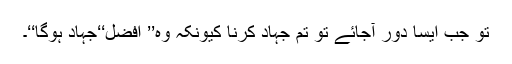
تو جب ایسا دور آجائے تو تم جہاد کرنا کیونکہ وہ’’ افضل‘‘جہاد ہوگا‘‘۔